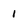
Character: 1